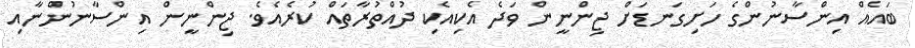
ބައެއް އިންސާނުންގެ ހަށިގަނޑަށް ޖިންނީން ވަދެ އެކިއެކި ދުއްތުރާތައް ކުރެއެވެ. ޖިންނީން އިންސާނުންނާއި